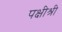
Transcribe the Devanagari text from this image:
पक्षीश्री